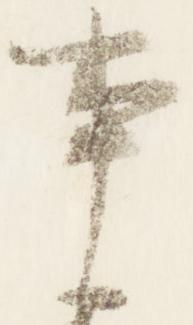
事